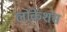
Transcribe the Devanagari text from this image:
लोकेशंस